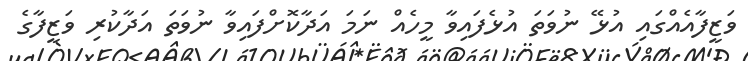
ވަޒީފާއެއްގައި އުޅޭ ނުވަތަ އުޅެފައިވާ މީހެއް ނަމަ އަދާކޮށްފައިވާ ނުވަތަ އަދާކުރި ވަޒީފާގެ